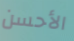
الأحسن